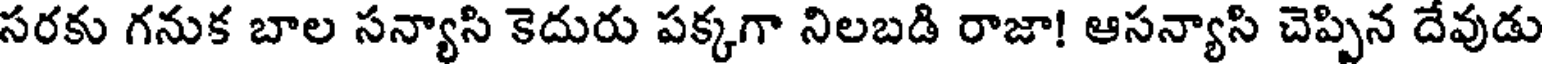
సరకు గనుక బాల సన్యాసి కెదురు పక్కగా నిలబడి రాజా! ఆసన్యాసి చెప్పిన దేవుడు